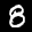
Label: 8